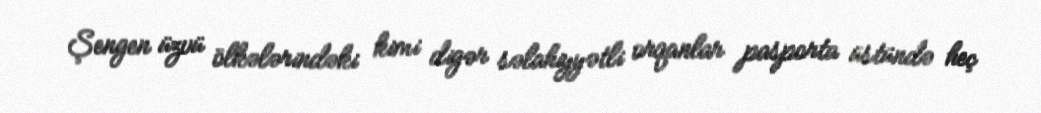
Şengen üzvü ölkələrindəki kimi digər səlahiyyətli orqanlar pasporta üstündə heç